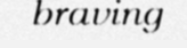
braving